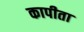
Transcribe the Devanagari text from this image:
कापीता